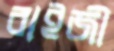
বাইজী